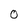
Character: O